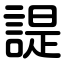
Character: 諟